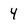
Character: 4